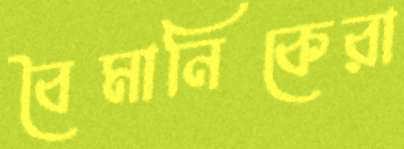
বৈমানিকেরা